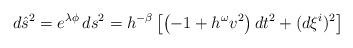
LaTeX: \begin{align*}d\hat{s}^2 = e^{\lambda \phi} \, ds^2 = h^{-\beta} \left[ \left( - 1 + h^\omega v^2 \right) dt^2 + (d\xi^{i})^2\right]\end{align*}